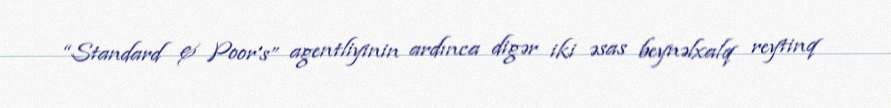
“Standard & Poor's” agentliyinin ardınca digər iki əsas beynəlxalq reytinq